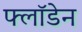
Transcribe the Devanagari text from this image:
फ्लॉडेन